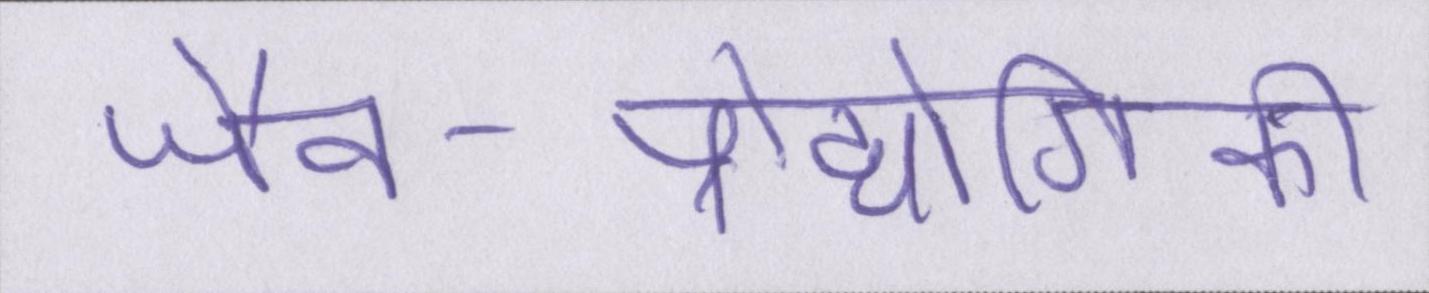
जैव-प्रौद्योगिकी